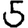
Digit: 5